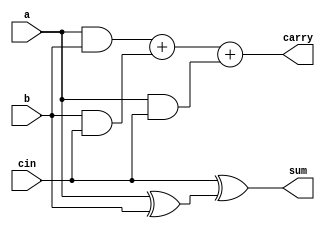
module full_adder(
	input a, 
	input b, 
	input cin, 
	output sum, 
	output carry
);

assign sum = cin ^ (a ^ b);
assign carry = (a & b) + (b & cin) + (a & cin);

endmodule